King Institute of Preventive Medicine Bacteriolog. Section reports 1907-08
Year: 1907
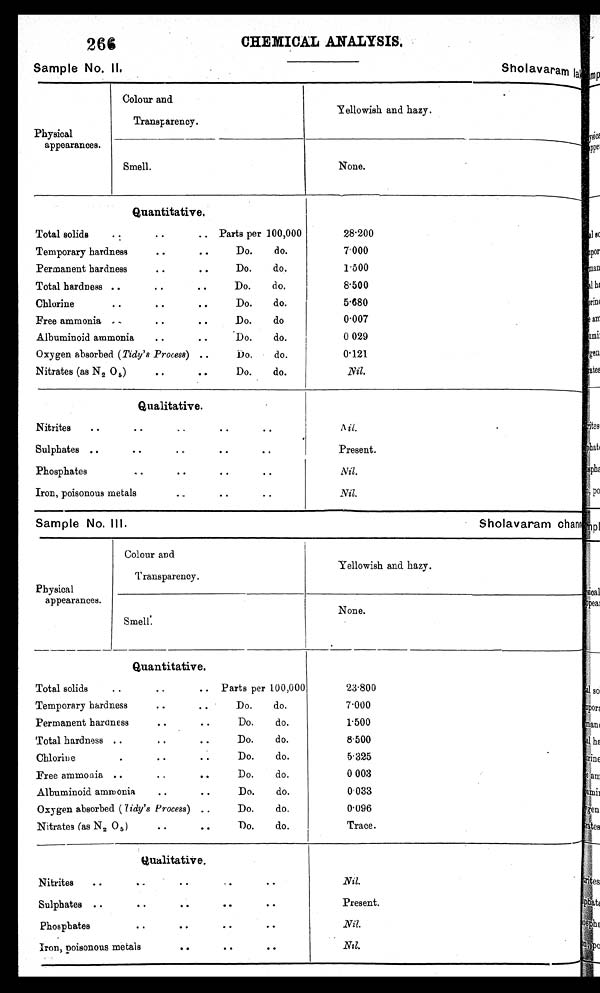
Sample No. Ill.
Sholavaram
266
Sample No. Il.
CHEMICAL ANALYSIS.
Sholavaram
Physical
appearances.
Colour and
Transparency.
Yellowish and hazy.
Smell.
None.
Quantitative.
• •
Total solids
• :
.. Parts per 100,000
28.200
Temporary hardness
..
• •
Do.
do.
7.000
Permanent hardness• •
Do.
do.
1'500
• •
Total hardness ..
• •
• •
Do.
do.
8.500
• •
Chlorine
• •
..
Do.
do.
5.680
Free ammonia
• •
Do.
do
0.007
• •
Albuminoid ammonia
• •
• •
Do.
do.
0 029
Oxygen absorbed (Tidy's Process)
.
Do.
do.
0.121
Nitrates (as N 2 0 5 )
..
• •
Do.
do.
Nil.
Qualitative.
..
Nitrites
• •
• •
• •
..
A N i l .
Sulphates ..
. •
• •
• •
Present.
.
• •
• •
Phosphates
• •
• •
• •
Nil.
Iron, poisonous metals
. _
• •
• •
.Nil.
Physical
appearances.
Colour and
Transparency.
Yellowish and hazy.
Smell:
None.
Quantitative.
Total solids
• •
•
Partsper100,000
23.800
Temporary hardness
• •
..
Do.
do.
7.000
Permanent hardness..
do.
1.500
• •
Total hardness ..
..
• •
Do.
do.
8•500
Chlorine..
• •
Do.
do.
5.325
Free ammonia ..
..
• •
Do.
do.
0
Albuminoid ammonia..
do.
0.033
• •
Oxygen absorbed ( Tidy's Process) ..
Do.
do.
0.096
Nitrates (as N 2 0 5 )•
•
Do.
do.
Trace.
• •
Qualitative.
Nitrites
..
..
..•
•
Nil.
Sulphates ..
• •
..
• •
..
Present.
Phospbates
..
• •
• •
. •
Nil.
Iron, poisonous metals
• •
• •
• •
Nil.